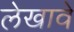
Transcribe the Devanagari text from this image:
लेखावे